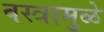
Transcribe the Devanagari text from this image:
वस्त्रामुळे